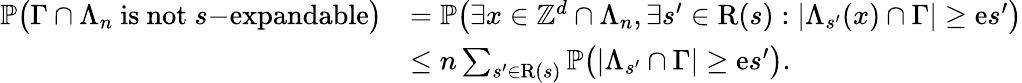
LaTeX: \begin{array}{rl}{\mathbb{P}\big(\Gamma\cap\Lambda_{n}\mathrm{~is~not~}s\mathrm{-expandable}\big)}&{=\mathbb{P}\big(\exists x\in{\mathbb Z}^{d}\cap\Lambda_{n},\exists s^{\prime}\in\mathrm{R}(s):|\Lambda_{s^{\prime}}(x)\cap\Gamma|\ge{\mathrm e}s^{\prime}\big)}\\ &{\le n\sum_{s^{\prime}\in\mathrm{R}(s)}\mathbb{P}\big(|\Lambda_{s^{\prime}}\cap\Gamma|\ge{\mathrm e}s^{\prime}\big).}\end{array}